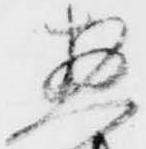
惣